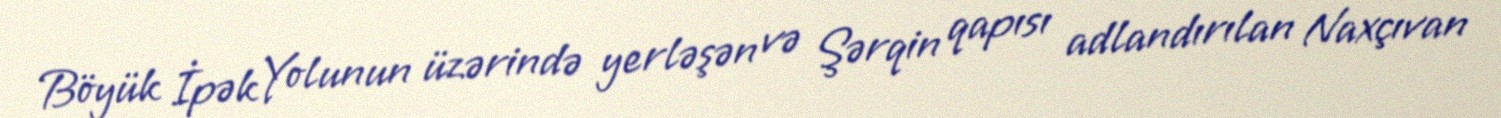
Böyük İpək Yolunun üzərində yerləşən və Şərqin qapısı adlandırılan Naxçıvan